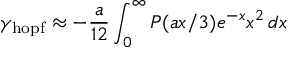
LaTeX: \gamma _ { \mathrm { h o p f } } \approx - \frac { a } { 1 2 } \int _ { 0 } ^ { \infty } P ( a x / 3 ) e ^ { - x } x ^ { 2 } \, d x